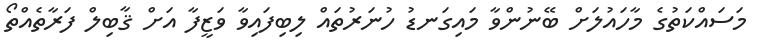
މަސައްކަތުގެ މާހައުލަށް ބޭނުންވާ މައިގަނޑު ހުނަރުތައް ލިބިފައިވާ ވަޒީފާ އަށް ޤާބިލް ފަރާތެއްތޯ